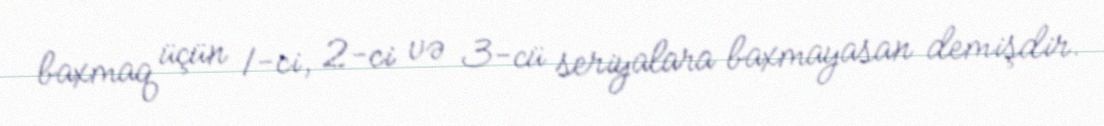
baxmaq üçün 1-ci, 2-ci və 3-cü seriyalara baxmayasan demişdir.